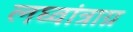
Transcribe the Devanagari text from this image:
लघ्वांत्राग्न